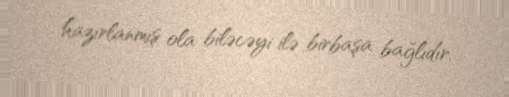
hazırlanmış ola biləcəyi ilə birbaşa bağlıdır.